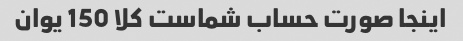
اینجا صورت حساب شماست کلا 150 یوان